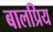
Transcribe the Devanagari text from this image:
बालप्रिय